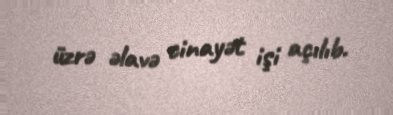
üzrə əlavə cinayət işi açılıb.